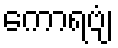
ကောရဗျံ